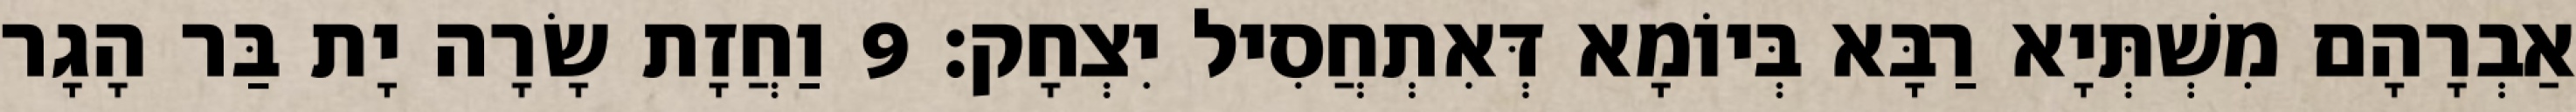
אַבְרָהָם מִשְׁתְּיָא רַבָּא בְּיוֹמָא דְּאִתְחֲסִיל יִצְחָק׃ 9 וַחֲזָת שָׂרָה יָת בַּר הָגָר